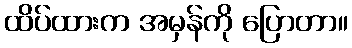
ထိပ်ထားက အမှန်ကို ပြောတာ။